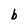
Character: b